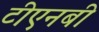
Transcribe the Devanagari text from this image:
टीएनबी